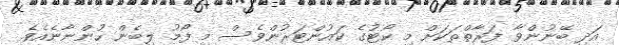
އަދި ބޭނުންވާ ފަރާތްތަކަށް މި ކޯޓުގެ ކައުންޓަރުންވެސް މި ފޯމު ލިބެން ހުންނާނެއެވެ.